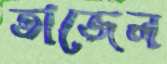
তাজেল